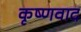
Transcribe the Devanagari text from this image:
कृष्णवाद